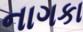
નાગકા